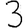
Digit: 3